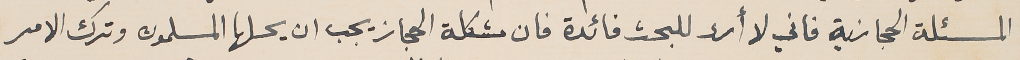
المسئلة الحجازية فاني لا أرى للبحث فائدة فان مشكلة الحجاز يجب ان يحلها المسلمون وترك الامر